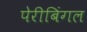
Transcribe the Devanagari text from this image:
पेरीबिंगल